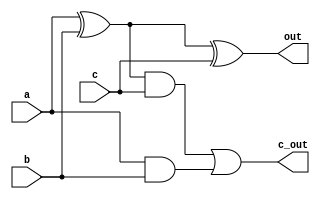
module half_adder(
						input a,
						input b,
						input c,
						output out,
						output c_out);
	wire w1,w2,w3;
	
	
	or  first_or( c_out , w3 , w2 );
	and first_and( w3 , w1 , c );
	and second_and( w2 , a , b );
	xor first_xor( out , w1 , c );
	xor second_xor( w1 , a , b );
	
endmodule